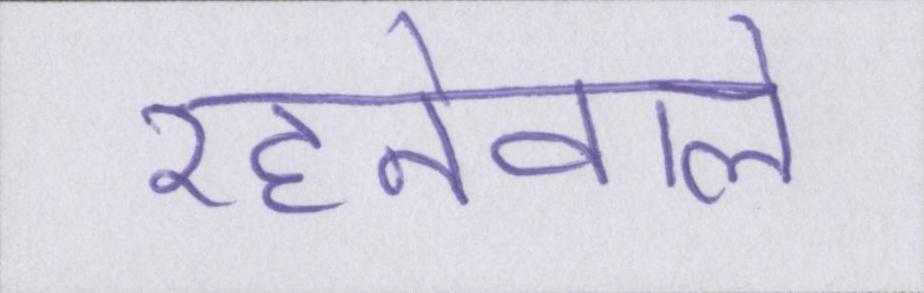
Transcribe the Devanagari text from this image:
रहनेवाले